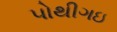
પોથીગઇ